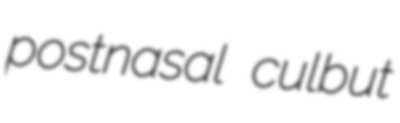
postnasal culbut